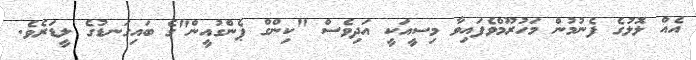
އެއް ލޮލުގެ ފެނުމުން މަހުރޫމްވެފައިވާ މިސީއަކީ އަދިވެސް "ކިންގް ޕެންގުއީން"ގެ ބައިގަނޑުގެ ލީޑަރެވެ.